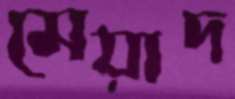
মেয়াদ